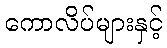
ကောလိပ်များနှင့်